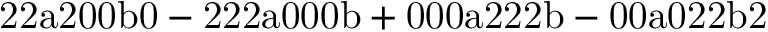
\mathrm { 2 2 a 2 0 0 b 0 - 2 2 2 a 0 0 0 b + 0 0 0 a 2 2 2 b - 0 0 a 0 2 2 b 2 }